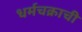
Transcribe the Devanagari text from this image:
धर्मचक्राची